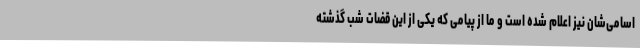
اسامی‌شان نیز اعلام شده است و ما از پیامی که یکی از این قضات شب گذشته